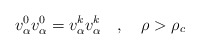
\begin{align*}v_{\alpha }^{0}v_{\alpha }^{0}=v_{\alpha }^{k}v_{\alpha }^{k}\quad ,\quad\rho >\rho _{c}\ \end{align*}